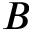
B